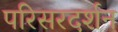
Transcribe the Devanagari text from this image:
परिसरदर्शन